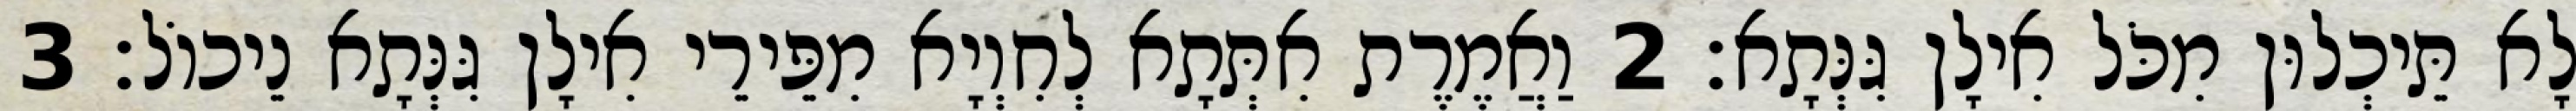
לָא תֵּיכְלוּן מִכֹּל אִילָן גִּנְּתָא׃ 2 וַאֲמֶרֶת אִתְּתָא לְחִוְיָא מִפֵּירֵי אִילָן גִּנְּתָא נֵיכוֹל׃ 3